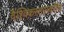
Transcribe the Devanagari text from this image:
वैश्विकस्तरावरील